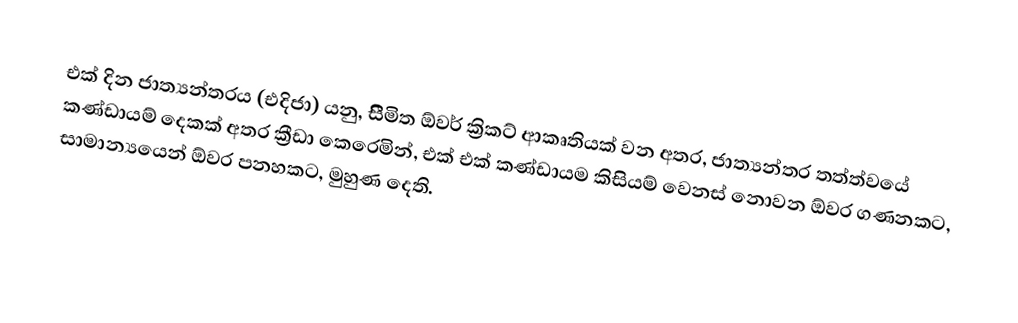
එක් දින ජාත්‍යන්තරය (එදිජා) යනු, සීිමිත ඕවර් ක්‍රිකට් ආකෘතියක් වන අතර, ජාත්‍යන්තර තත්ත්වයේ කණ්ඩායම් දෙකක් අතර ක්‍රීඩා කෙරෙමින්, එක් එක් කණ්ඩායම කිසියම් වෙනස් නොවන ඕවර ගණනකට, සාමාන්‍යයෙන් ඕවර පනහකට, මුහුණ දෙති.